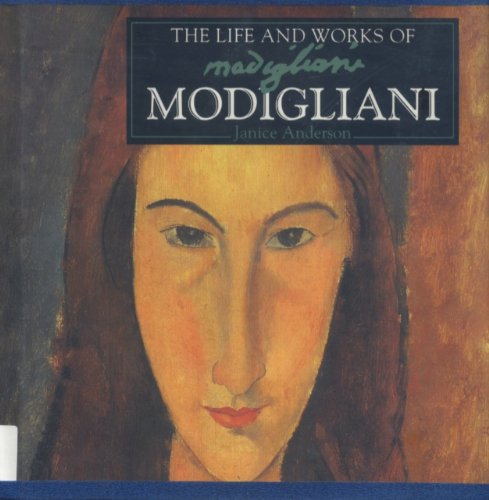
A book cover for The Life and Works of Modigliani (World's Greatest Artists Series); Janice Anderson; Teen & Young Adult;